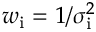
w _ { \mathrm { i } } = 1 / \sigma _ { \mathrm { i } } ^ { 2 }